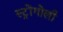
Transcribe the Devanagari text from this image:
स्ट्रोंगोली